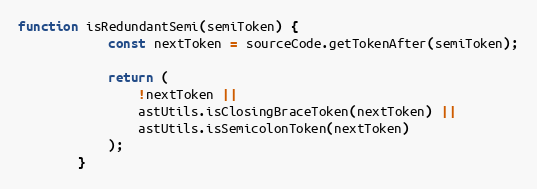
Language: JavaScript
function isRedundantSemi(semiToken) {
            const nextToken = sourceCode.getTokenAfter(semiToken);

            return (
                !nextToken ||
                astUtils.isClosingBraceToken(nextToken) ||
                astUtils.isSemicolonToken(nextToken)
            );
        }